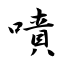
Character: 嘖